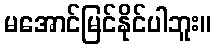
မအောင်မြင်နိုင်ပါဘူး။